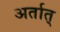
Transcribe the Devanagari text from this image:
अर्तात्